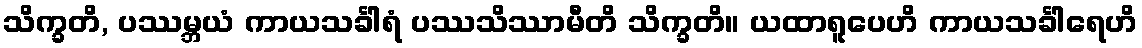
သိက္ခတိ, ပဿမ္ဘယံ ကာယသင်္ခါရံ ပဿသိဿာမီတိ သိက္ခတိ။ ယထာရူပေဟိ ကာယသင်္ခါရေဟိ